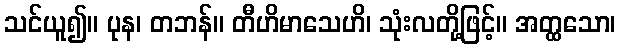
သင်ယူ၍။ ပုန၊ တဘန်။ တီဟိမာသေဟိ၊ သုံးလတို့ဖြင့်။ အတ္ထသော၊